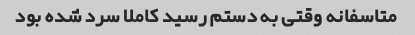
متاسفانه وقتی به دستم رسید کاملا سرد شده بود